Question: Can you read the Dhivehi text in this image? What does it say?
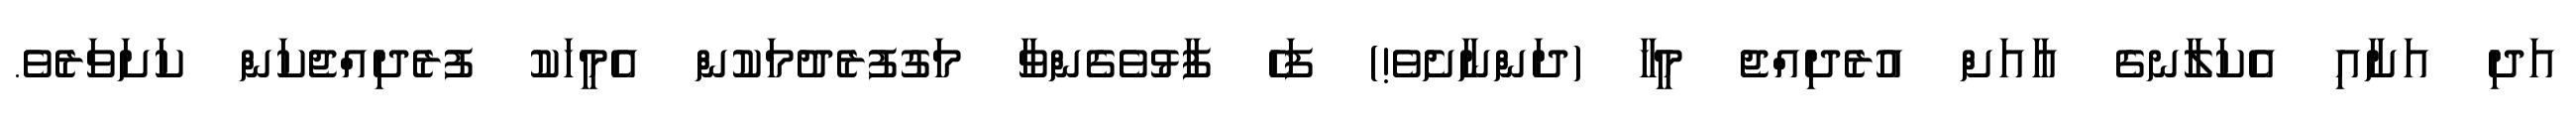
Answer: އަދި އަށާއި އެކަލާނގެ އާއަށް އުރެދިއްޖެ މީހާ (ދަންނާށެވެ!) ފަހެ ފާޅުވެގެންވާ މަގުފުރެދުމަކުން އެމީހަކު ފުރެދިއްޖެކަން ކަށަވަރެވެ.